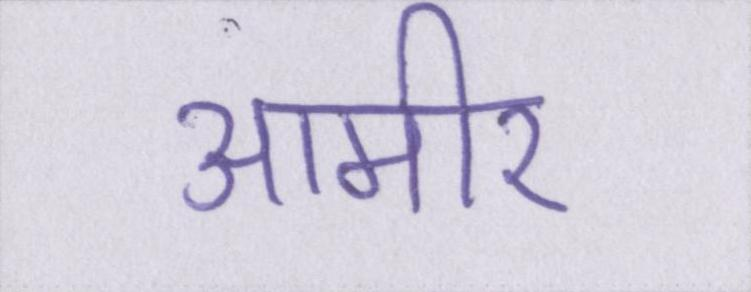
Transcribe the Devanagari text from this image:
आमीर